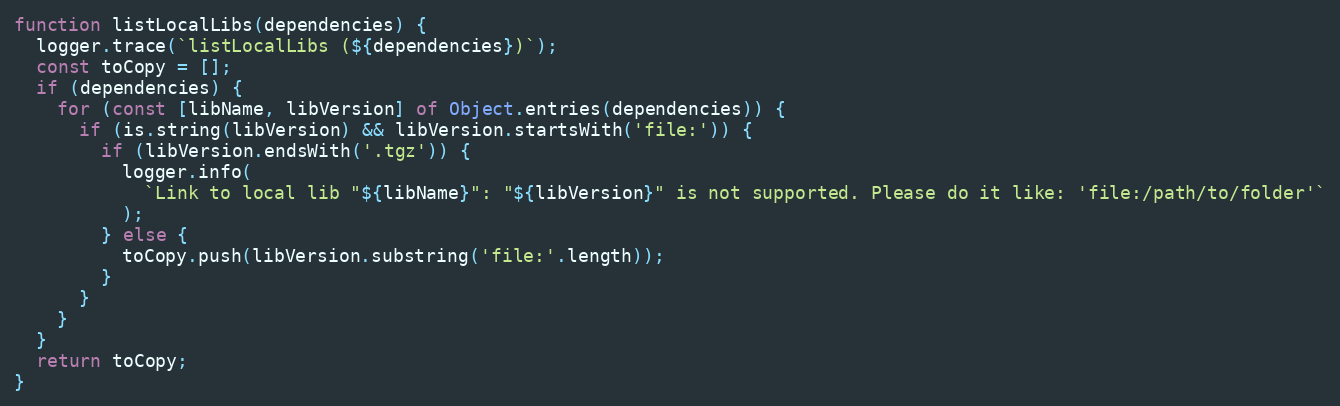
Language: JavaScript
function listLocalLibs(dependencies) {
  logger.trace(`listLocalLibs (${dependencies})`);
  const toCopy = [];
  if (dependencies) {
    for (const [libName, libVersion] of Object.entries(dependencies)) {
      if (is.string(libVersion) && libVersion.startsWith('file:')) {
        if (libVersion.endsWith('.tgz')) {
          logger.info(
            `Link to local lib "${libName}": "${libVersion}" is not supported. Please do it like: 'file:/path/to/folder'`
          );
        } else {
          toCopy.push(libVersion.substring('file:'.length));
        }
      }
    }
  }
  return toCopy;
}